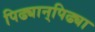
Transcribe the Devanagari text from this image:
पिढ्यान्‌पिढ्या